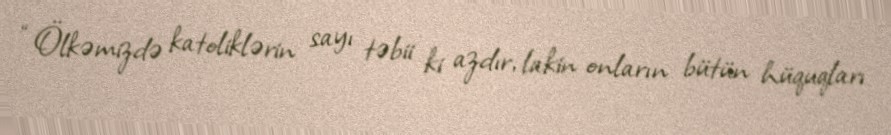
“Ölkəmizdə katoliklərin sayı təbii ki azdır, lakin onların bütün hüquqları